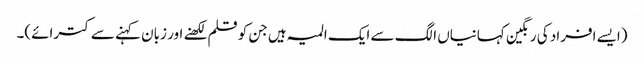
(ایسے افراد کی رنگین کہانیاں الگ سے ایک المیہ ہیں جن کو قلم لکھنے اور زبان کہنے سے کترائے)۔